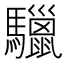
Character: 𩧆